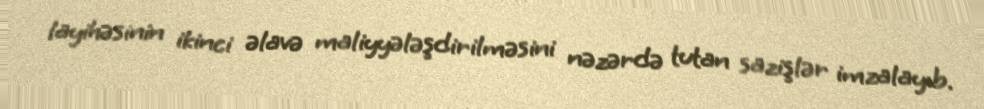
layihəsinin ikinci əlavə maliyyələşdirilməsini nəzərdə tutan sazişlər imzalayıb.